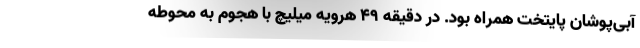
آبی‌پوشان پایتخت همراه بود. در دقیقه ۴۹ هرویه میلیچ با هجوم به محوطه